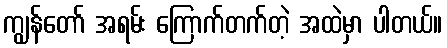
ကျွန်တော် အရမ်း ကြောက်တက်တဲ့ အထဲမှာ ပါတယ်။